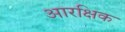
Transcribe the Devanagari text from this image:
आरक्षिक